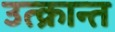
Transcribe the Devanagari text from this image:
उत्क्रान्त